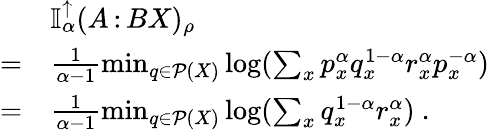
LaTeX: \begin{array}{rl}&{\mathbb{I}_{\alpha}^{\uparrow}(A{\, :\, }BX)_{\rho}}\\ {=}&{\frac{1}{\alpha-1}\operatorname*{min}_{q\in\mathcal{P}(X)}\log(\sum_{x}p_{x}^{\alpha}q_{x}^{1-\alpha}r_{x}^{\alpha}p_{x}^{-\alpha})}\\ {=}&{\frac{1}{\alpha-1}\operatorname*{min}_{q\in\mathcal{P}(X)}\log(\sum_{x}q_{x}^{1-\alpha}r_{x}^{\alpha})\ .}\end{array}